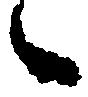
々